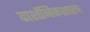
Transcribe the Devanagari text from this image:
दार्शनिकशास्त्र